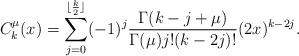
LaTeX: \begin{align*}C_k^\mu(x)=\sum_{j=0}^{\lfloor\frac{k}{2}\rfloor}(-1)^j\frac{\Gamma(k-j+\mu)}{\Gamma(\mu)j!(k-2j)!}(2x)^{k-2j}.\end{align*}